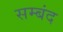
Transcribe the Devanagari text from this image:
सम्बंद